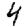
Digit: 4